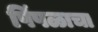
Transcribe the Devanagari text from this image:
पिंपळाचा